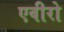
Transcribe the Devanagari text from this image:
एवीरो